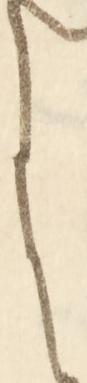
に